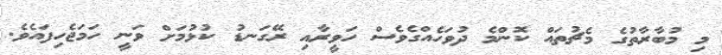
މި މުބާރާތުގެ މެޗުތައް ކޮންމެ ދުވަހެއްގެވެސް ހަވީރާއި ރޭގަނޑު ކުޅުމަށް ވަނީ ހަމަޖެހިފައެވެ.